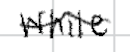
Text: while
Cross-out: wave
Writing tool: digital_black